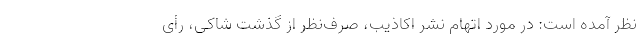
نظر آمده است: در مورد اتهام نشر اکاذیب، صرف‌نظر از گذشت شاکی، رأی